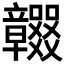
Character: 𥫖